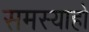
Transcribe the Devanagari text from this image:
समस्याहो